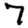
Digit: 7